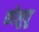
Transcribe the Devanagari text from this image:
कोलुवू